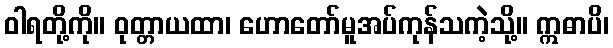
ဝါရတို့ကို။ ဝုတ္တာယထာ၊ ဟောတော်မူအပ်ကုန်သကဲ့သို့။ ဣဓာပိ၊